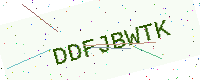
Text: DDFJBWTK